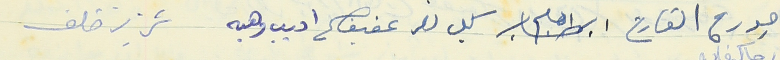
جورج القارح ابراهيم كميل نصر عفيف اديب وهبه عزيز خلف